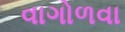
વાગોળવા